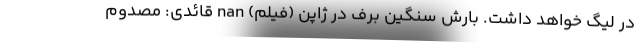
در لیگ خواهد داشت. بارش سنگین برف در ژاپن (فیلم) nan قائدی: مصدوم